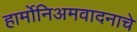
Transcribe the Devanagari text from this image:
हार्मोनिअमवादनाचे